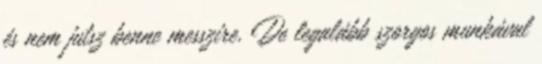
és nem jutsz benne messzire. De legalább szorgos munkával